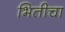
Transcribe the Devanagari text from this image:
भितीचा